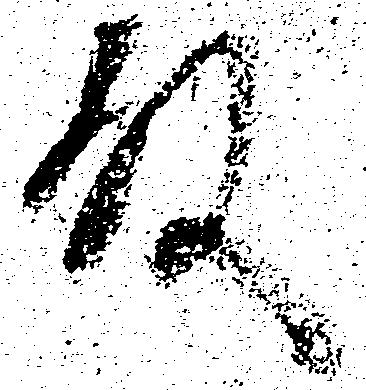
殿